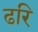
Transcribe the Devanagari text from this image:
ढरि